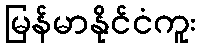
မြန်မာနိုင်ငံကူး